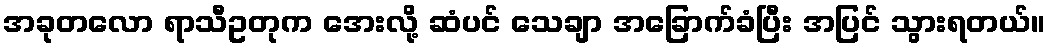
အခုတလော ရာသီဥတုက အေးလို့ ဆံပင် သေချာ အခြောက်ခံပြီး အပြင် သွားရတယ်။